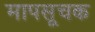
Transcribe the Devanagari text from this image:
मापसूचक